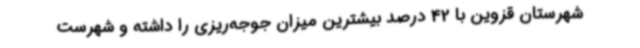
شهرستان قزوین با 42 درصد بیشترین میزان جوجه‌ریزی را داشته و شهرست